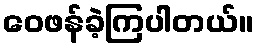
ဝေဖန်ခဲ့ကြပါတယ်။